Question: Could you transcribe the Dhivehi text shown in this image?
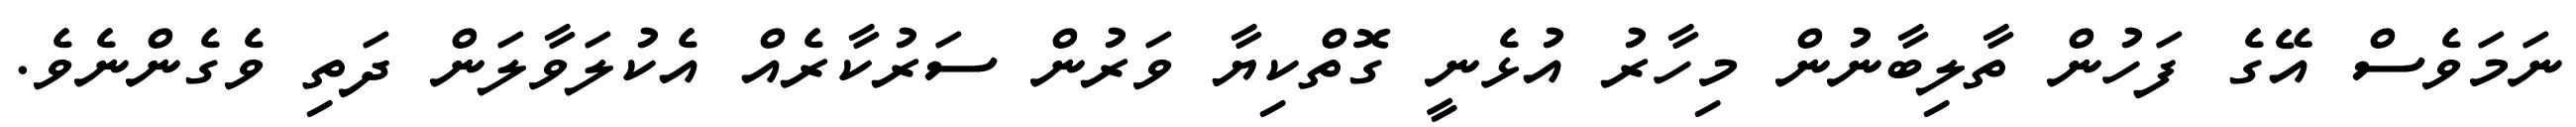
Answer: ނަމަވެސް އޭގެ ފަހުން ތާލިބާނުން މިހާރު އުޅެނީ ގޮތްކިޔާ ވަރުން ސަރުކާރެއް އެކުލަވާލަން ދަތި ވެގެންނެވެ.